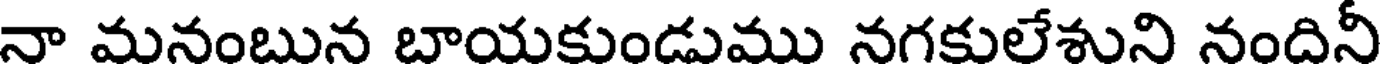
నా మనంబున బాయకుండుము నగకులేశుని నందినీ